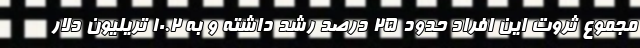
مجموع ثروت این افراد حدود ۲۵ درصد رشد داشته و به ۱۰.۲ تریلیون دلار